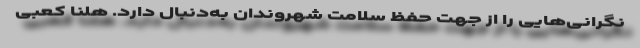
نگرانی‌هایی را از جهت حفظ سلامت شهروندان به‌دنبال دارد. هلنا کعبی